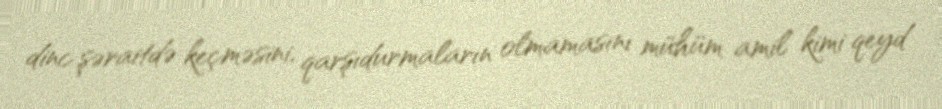
dinc şəraitdə keçməsini, qarşıdurmaların olmamasını mühüm amil kimi qeyd